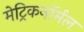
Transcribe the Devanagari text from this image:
मेट्रिकनॉर्मल